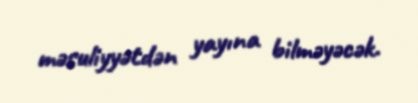
məsuliyyətdən yayına bilməyəcək.